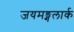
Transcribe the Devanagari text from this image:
जयमङ्गलार्क